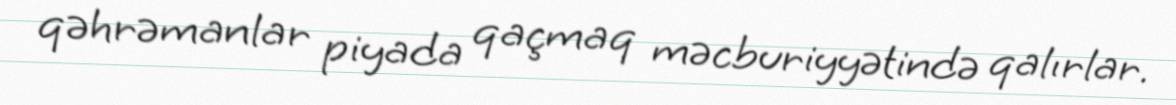
qəhrəmanlar piyada qaçmaq məcburiyyətində qalırlar.